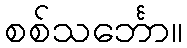
စစ်သင်္ဘော။